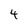
Character: 4